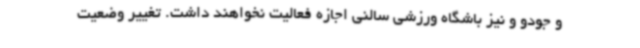
و جودو و نیز باشگاه ورزشی سالنی اجازه فعالیت نخواهند داشت. تغییر وضعیت